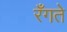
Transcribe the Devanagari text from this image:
रँगते